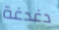
دغدغة